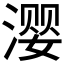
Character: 𰜳